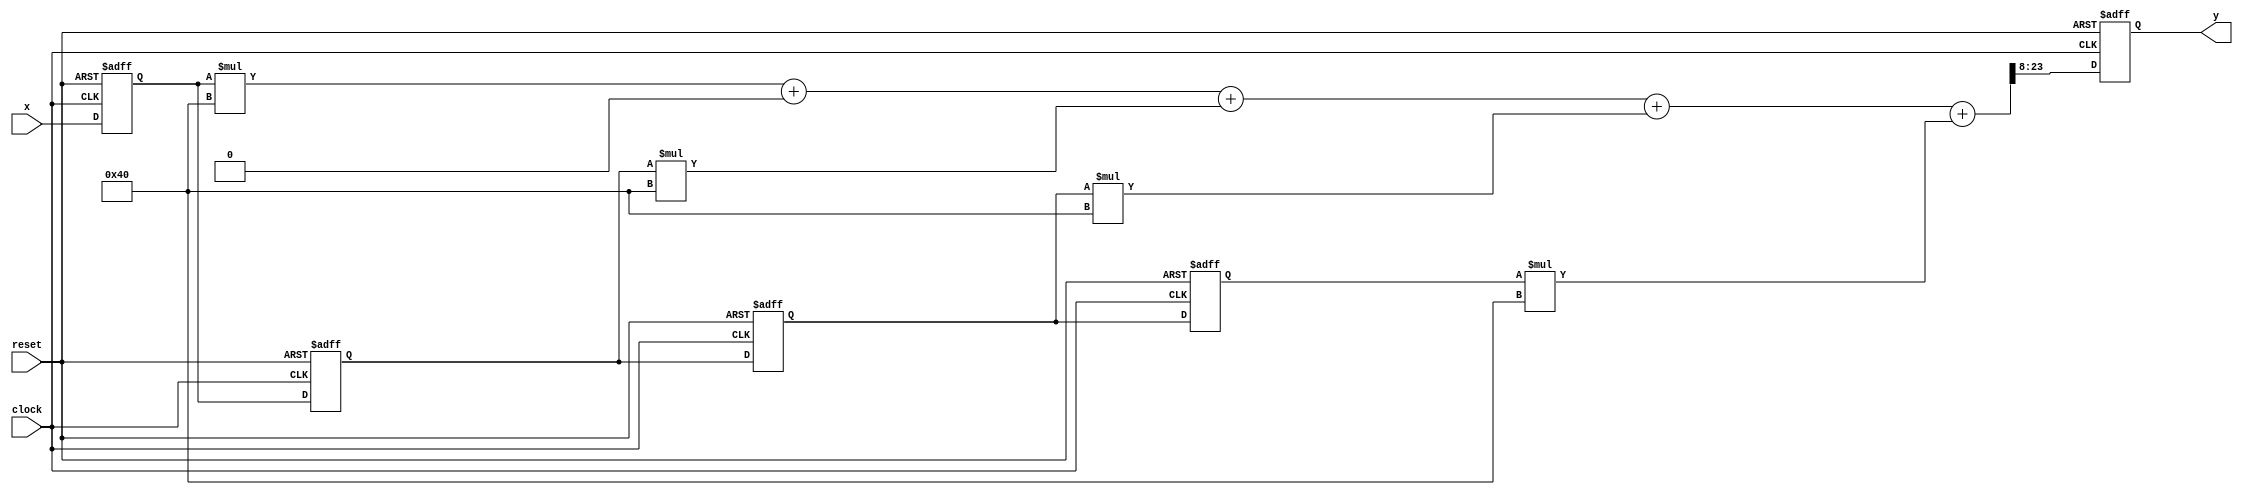
module mm_sop2 (
    clock,
    reset,
    x,
    y
);


input clock;
input reset;
input signed [15:0] x;
output signed [15:0] y;
reg signed [15:0] y;

wire signed [34:0] wwire;
wire signed [30:0] cgens_g_11_y;
wire signed [33:0] cgens_g_11_x;
wire signed [30:0] cgens_g_10_y;
wire signed [32:0] cgens_g_10_x;
wire signed [30:0] cgens_g_9_y;
wire signed [31:0] cgens_g_9_x;
wire signed [30:0] cgens_g_8_x;
reg signed [15:0] cgens_g_7_x;
reg signed [15:0] cgens_g_6_x;
reg signed [15:0] cgens_g_5_x;
reg signed [15:0] cgens_g_4_x;





always @(posedge clock, negedge reset) begin: MM_SOP2_CGENS_G_0_RTL_DFF
    if (reset == 0) begin
        cgens_g_4_x <= 0;
    end
    else begin
        cgens_g_4_x <= x;
    end
end


always @(posedge clock, negedge reset) begin: MM_SOP2_CGENS_G_1_RTL_DFF
    if (reset == 0) begin
        cgens_g_5_x <= 0;
    end
    else begin
        cgens_g_5_x <= cgens_g_4_x;
    end
end


always @(posedge clock, negedge reset) begin: MM_SOP2_CGENS_G_2_RTL_DFF
    if (reset == 0) begin
        cgens_g_6_x <= 0;
    end
    else begin
        cgens_g_6_x <= cgens_g_5_x;
    end
end


always @(posedge clock, negedge reset) begin: MM_SOP2_CGENS_G_3_RTL_DFF
    if (reset == 0) begin
        cgens_g_7_x <= 0;
    end
    else begin
        cgens_g_7_x <= cgens_g_6_x;
    end
end



assign cgens_g_8_x = (cgens_g_4_x * 64);



assign cgens_g_9_y = (cgens_g_5_x * 64);



assign cgens_g_10_y = (cgens_g_6_x * 64);



assign cgens_g_11_y = (cgens_g_7_x * 64);



assign cgens_g_9_x = (cgens_g_8_x + 0);



assign cgens_g_10_x = (cgens_g_9_x + cgens_g_9_y);



assign cgens_g_11_x = (cgens_g_10_x + cgens_g_10_y);



assign wwire = (cgens_g_11_x + cgens_g_11_y);


always @(posedge clock, negedge reset) begin: MM_SOP2_RTL_SCALE
    if (reset == 0) begin
        y <= 0;
    end
    else begin
        y <= $signed(wwire >>> 8);
    end
end

endmodule